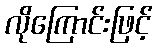
လိုကြောင်းဖြင့်